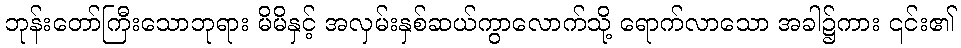
ဘုန်းတော်ကြီးသောဘုရား မိမိနှင့် အလှမ်းနှစ်ဆယ်ကွာလောက်သို့ ရောက်လာသော အခါ၌ကား ၎င်း၏